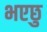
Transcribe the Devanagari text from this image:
भएछु